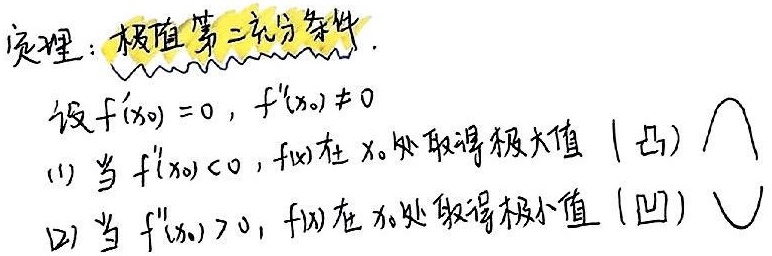
定理：极值第二充分条件.设\(f^{\prime}(x_0) = 0\)，\(f^{\prime\prime}(x_0)\neq 0\)。
(1) 当\(f^{\prime\prime}(x_0)<0\)，\(f(x)\)在\(x_0\)处取得极大值（凸）。
(2) 当\(f^{\prime\prime}(x_0)>0\)，\(f(x)\)在\(x_0\)处取得极小值（凹）。